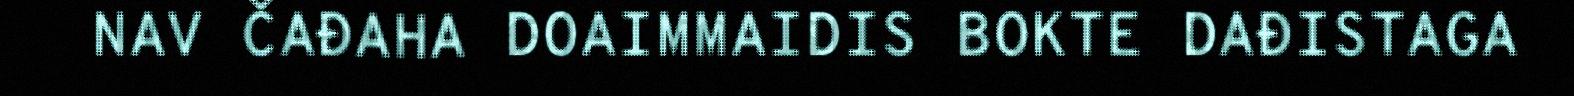
NAV ČAĐAHA DOAIMMAIDIS BOKTE DAĐISTAGA